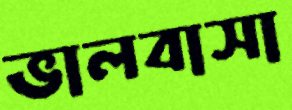
ভালবাসা